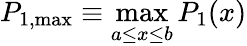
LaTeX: P_{1,\mathrm{max}}\equiv\operatorname*{max}_{a\le x\le b}P_{1}(x)